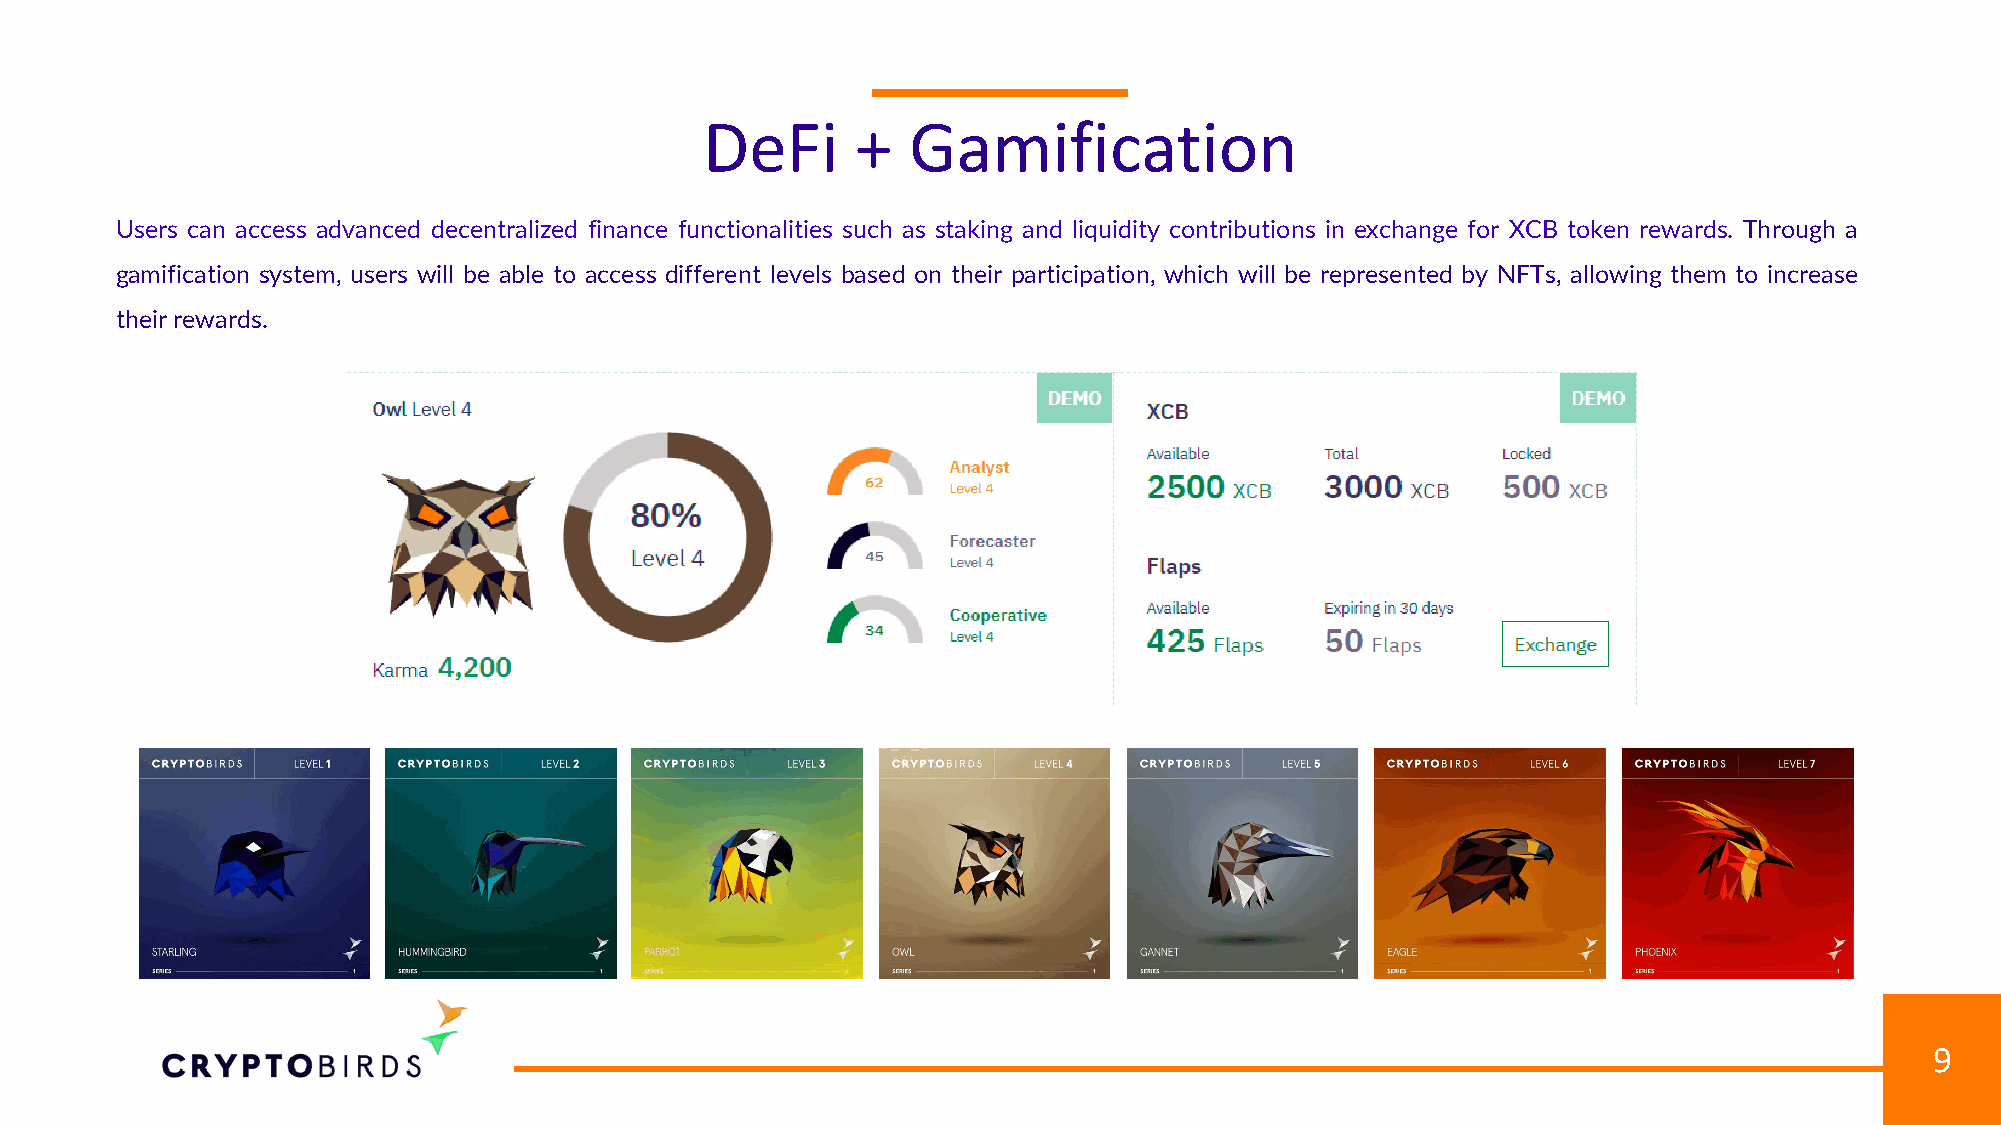
DeFi      +  Gamification
 Users can access advanced decentralized finance functionalities such as staking and liquidity contributions in exchange for XCB token rewards. Through a
 gamification system, users will be able to access different levels based on their participation, which will be represented by NFTs, allowing them to increase
 their rewards.
 9
 © 2018Slidefabric.comAll rights reserved.